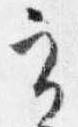
実